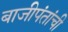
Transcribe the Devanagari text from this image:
बाजीपंतांची